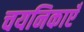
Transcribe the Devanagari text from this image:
चयनिकाएँ